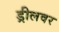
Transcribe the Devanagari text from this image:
ड्रीलवर